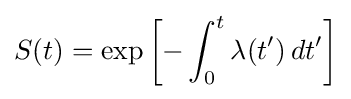
S(t)=\exp \left[-\int _{0}^{t}\lambda (t')\,dt'\right]